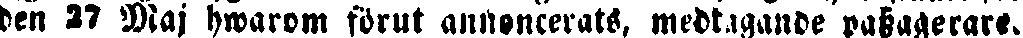
den 27 Maj hwarom förut annoncerats, medtagande passagerare.